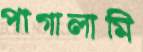
পাগালামি